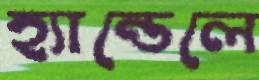
হ্যান্ডেলে